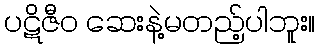
ပဋိဇီဝ ဆေးနဲ့မတည့်ပါဘူး။